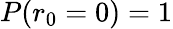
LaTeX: P(r_{0}=0)=1